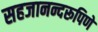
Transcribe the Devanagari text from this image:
सहजानन्दरूपिणे